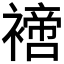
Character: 𧝐